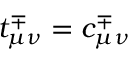
t _ { \mu \nu } ^ { \mp } = c _ { \mu \nu } ^ { \mp }